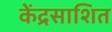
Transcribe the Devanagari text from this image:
केंद्रसाशित